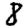
Digit: 8